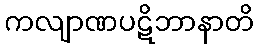
ကလျာဏပဋိဘာနာတိ